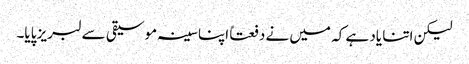
لیکن اتنا یاد ہے کہ میں نے دفعتاً اپنا سینہ موسیقی سے لبریز پایا۔